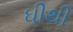
ઘીથી